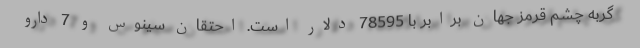
گربه چشم قرمز جهان برابر با 78595 دلار است. احتقان سینوس و 7 دارو